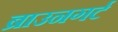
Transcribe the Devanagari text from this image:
ब्राउनगर्ट